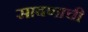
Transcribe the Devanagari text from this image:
साबणाची